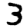
Digit: 3